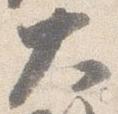
大